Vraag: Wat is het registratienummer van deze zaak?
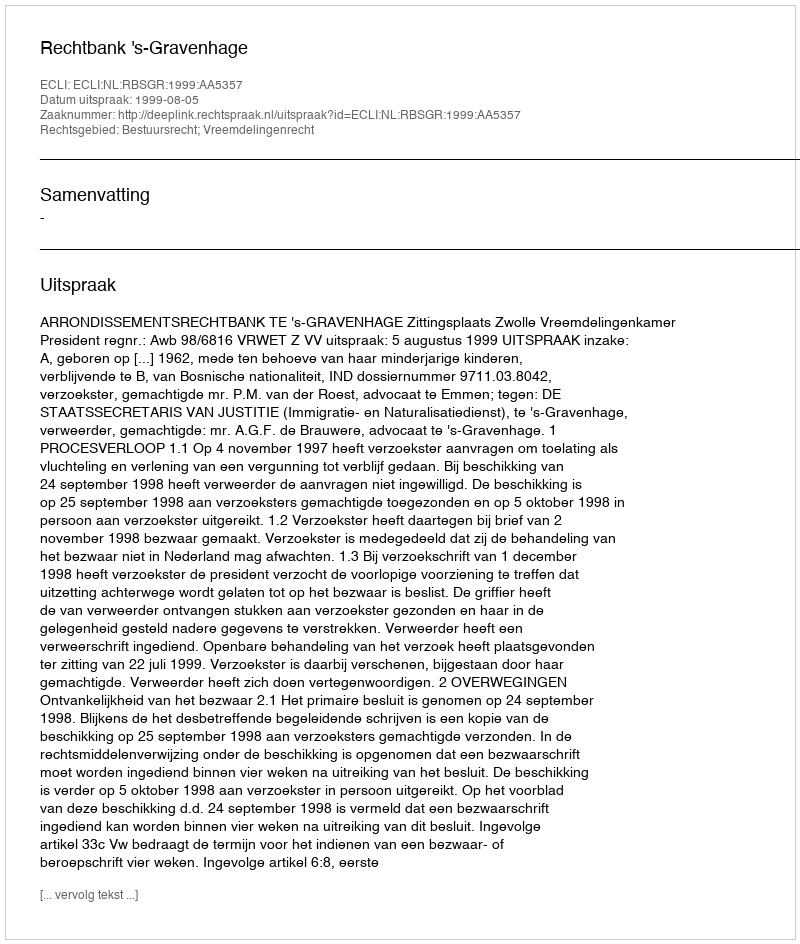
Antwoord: http://deeplink.rechtspraak.nl/uitspraak?id=ECLI:NL:RBSGR:1999:AA5357